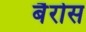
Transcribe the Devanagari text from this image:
बैरोस